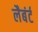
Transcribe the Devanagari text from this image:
लैबंर्ट